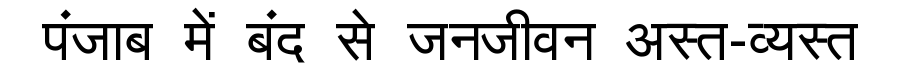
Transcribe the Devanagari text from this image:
पंजाब में बंद से जनजीवन अस्त-व्यस्त